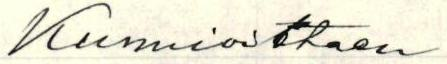
Kunnioittaen